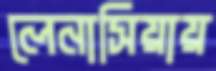
লেনাসিয়ায়